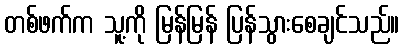
တစ်ဖက်က သူ့ကို မြန်မြန် ပြန်သွားစေချင်သည်။